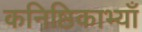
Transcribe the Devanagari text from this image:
कनिष्ठिकाभ्याँ